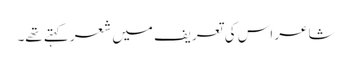
شاعر اس کی تعریف میں شعر کہتے تھے۔